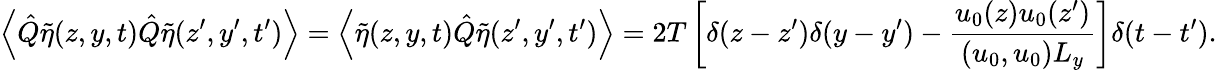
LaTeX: \left\langle\hat{Q}\tilde{\eta}(z,y,t)\hat{Q}\tilde{\eta}(z^{\prime},y^{\prime},t^{\prime})\right\rangle=\left\langle\tilde{\eta}(z,y,t)\hat{Q}\tilde{\eta}(z^{\prime},y^{\prime},t^{\prime})\right\rangle=2T\left[\delta(z-z^{\prime})\delta(y-y^{\prime})-\frac{u_{0}(z)u_{0}(z^{\prime})}{(u_{0},u_{0})L_{y}}\right]\delta(t-t^{\prime}).